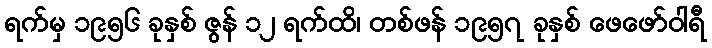
ရက်မှ ၁၉၅၆ ခုနှစ် ဇွန် ၁၂ ရက်ထိ၊ တစ်ဖန် ၁၉၅၇ ခုနှစ် ဖေဖော်ဝါရီ